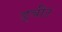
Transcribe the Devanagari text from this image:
ड्वीट